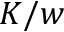
K / w